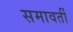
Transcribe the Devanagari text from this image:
समावर्ती